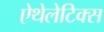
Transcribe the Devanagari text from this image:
ऐथेलेटिक्स